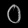
Digit: ၀